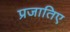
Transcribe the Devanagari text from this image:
प्रजातिए